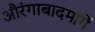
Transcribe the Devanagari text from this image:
औरंगाबादमार्गे